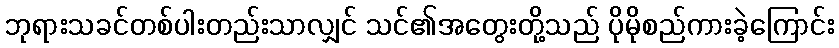
ဘုရားသခင်တစ်ပါးတည်းသာလျှင် သင်၏အတွေးတို့သည် ပိုမိုစည်ကားခဲ့ကြောင်း